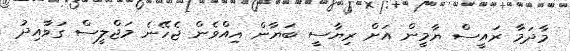
މާދަމާ ރައީސް ޔާމީން އަށް ރިޔާސީ ބަޔާން އިއްވެން ޖެހޭނެ މަޖްލީސް ގަވާއިދު